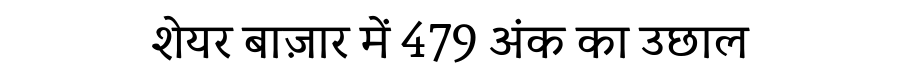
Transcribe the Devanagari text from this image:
शेयर बाज़ार में 479 अंक का उछाल